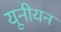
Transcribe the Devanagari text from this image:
यूनीयन